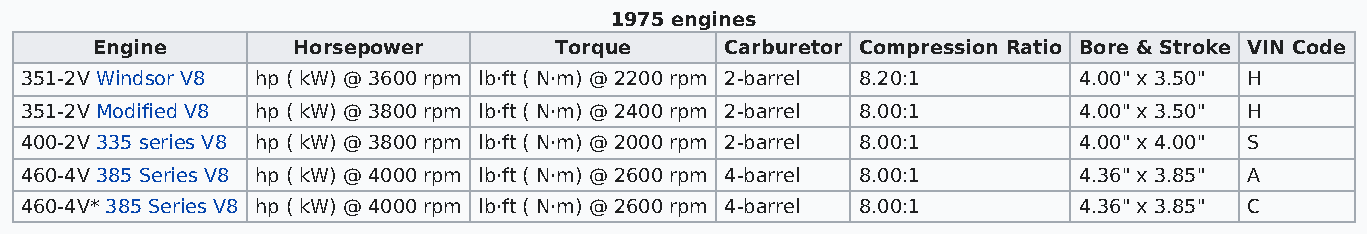
1975 engines
 Engine       Horsepower        Torque     Carburetor Compression Ratio Bore & Stroke VIN Code
 351-2V Windsor V8 hp ( kW) @ 3600 rpm lb·ft ( N·m) @ 2200 rpm 2-barrel 8.20:1 4.00" x 3.50" H
 351-2V Modified V8 hp ( kW) @ 3800 rpm lb·ft ( N·m) @ 2400 rpm 2-barrel 8.00:1 4.00" x 3.50" H
 400-2V 335 series V8 hp ( kW) @ 3800 rpm lb·ft ( N·m) @ 2000 rpm 2-barrel 8.00:1 4.00" x 4.00" S
 460-4V 385 Series V8 hp ( kW) @ 4000 rpm lb·ft ( N·m) @ 2600 rpm 4-barrel 8.00:1 4.36" x 3.85" A
 460-4V* 385 Series V8 hp ( kW) @ 4000 rpm lb·ft ( N·m) @ 2600 rpm 4-barrel 8.00:1 4.36" x 3.85" C